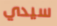
سيدي